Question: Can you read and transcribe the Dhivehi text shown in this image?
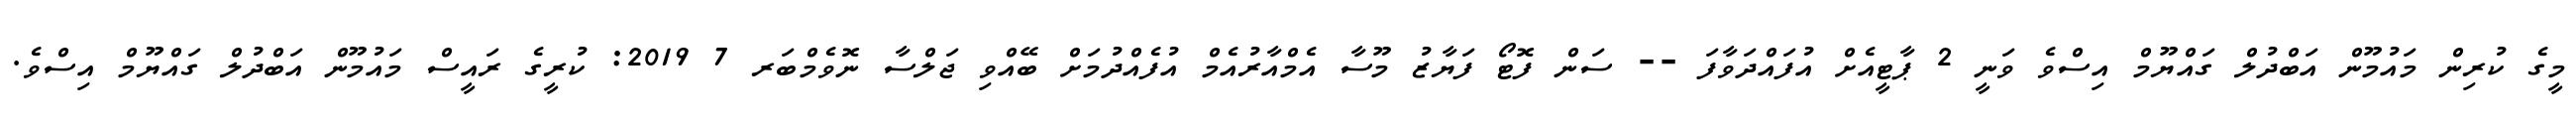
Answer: މީގެ ކުރިން މައުމޫން އަބްދުލް ގައްޔޫމް އިސްވެ ވަނީ 2 ޕާޓީއެށް އުފައްދަވާފަ -- ސަން ފޮޓޯ ފަޔާޒު މޫސާ އެމްއާރުއެމް އުފެއްދުމަށް ބޭއްވި ޖަލްސާ ނޮވެމްބަރ 7 2019: ކުރީގެ ރައީސް މައުމޫން އަބްދުލް ގައްޔޫމް އިސްވެ.